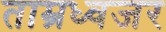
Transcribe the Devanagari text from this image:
ताम्रध्वजर